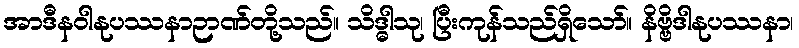
အာဒီနဝါနုပဿနာဉာဏ်တို့သည်။ သိဒ္ဓါသု၊ ပြီးကုန်သည်ရှိသော်။ နိဗ္ဗိဒါနုပဿနာ၊